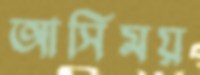
আসিময়